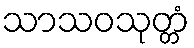
သာသဝသုတ္တံ